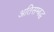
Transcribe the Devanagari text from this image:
अतिसम्बद्ध